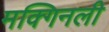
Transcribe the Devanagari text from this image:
मक्गिनली